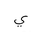
Letter: _ya